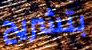
بتشريح